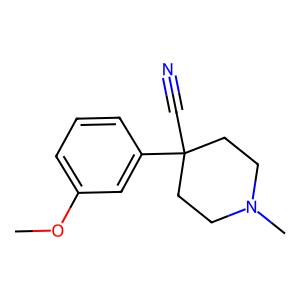
SMILES: COc1cccc(C2(C#N)CCN(C)CC2)c1
Inhibits HIV replication: No